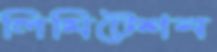
লিমিটেশন